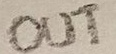
Text: OUT